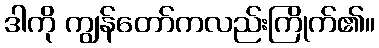
ဒါကို ကျွန်တော်ကလည်းကြိုက်၏။